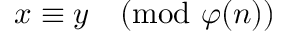
x \equiv y { \pmod { \varphi ( n ) } }